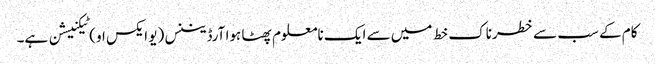
کام کے سب سے خطرناک خط میں سے ایک نامعلوم پھٹا ہوا آرڈیننس (یو ایکس او) ٹیکنیشن ہے۔